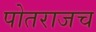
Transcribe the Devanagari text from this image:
पोतराजच